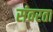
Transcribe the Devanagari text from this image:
संवरता